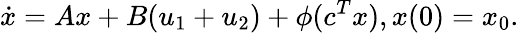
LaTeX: {\dot{x}}=Ax+B(u_{1}+u_{2})+\phi(c^{T}x),x(0)=x_{0}.